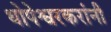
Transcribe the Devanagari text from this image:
धोपेश्वरकरांनी